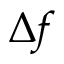
\Delta f